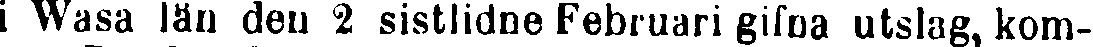
i Wasa län den 2 sistlidne Februari gifna utslag, kom-